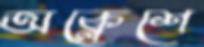
অক্লেশে